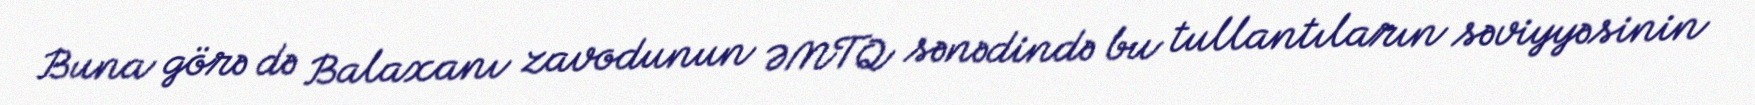
Buna görə də Balaxanı zavodunun ƏMTQ sənədində bu tullantıların səviyyəsinin